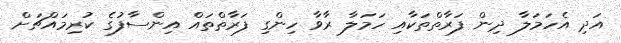
އަދި އެހަމަލާ ދިން ފަރާތްތަކާއި ހަމަލާ ރާވާ ހިންގި ފަރާތްތައް އިންސާފުގެ ކުރިމައްޗަށް